Lunatic asylums Punjab 1881-1894 - 1881-1894
Year: 1881
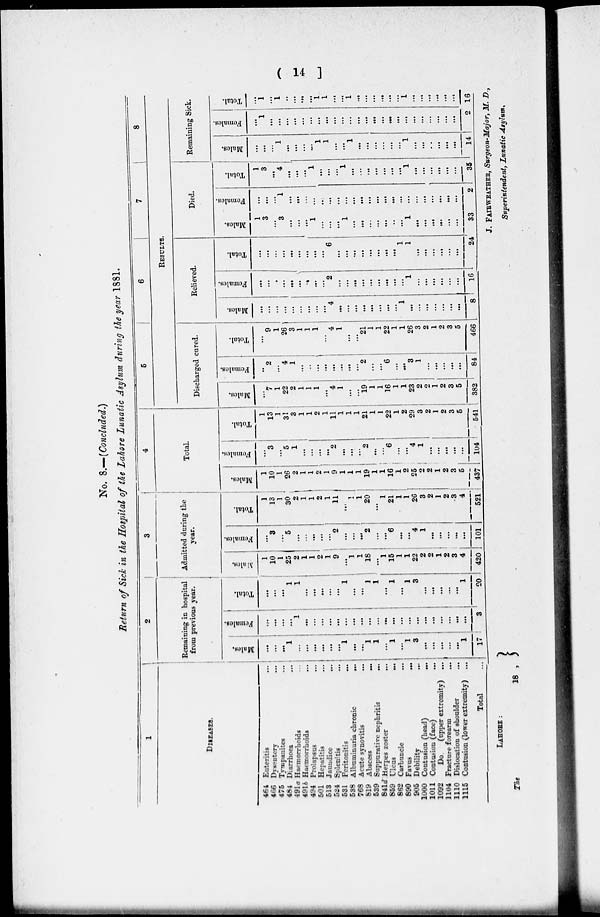
( 14 )
No. 8.—(Concluded.)
Return of Sick in the Hospital of the Lahore Lunatic Asylum during the year 1881.
1
DISEASES.
464
Enteritis...
466
Dysentery...
475
Tympanites...
484
Diarrhoea...
491a Haemorrhoids...
4916 Haemorrhoids...
494 Prolapsus...
501
Hepatitis...
513
Jaundice...
524 Splenitis ...
531 Peritonitis ...
538 Albuminuria chronic...
768 Acute synovitis ...
819 Abscess
...
539 Suppurative nephritis ...
841d Herpes zoster ...
859 Ulcus ...
862 Carbuncle ...
890 Favus ...
905 Debility ...
1000 Contusion (head) ...
1011 Contusion (face) ...
1092
Do
(upper extremity) ...
1104 Fracture forearm ...
1110 Dislocation of shoulder ...
1115 Contusion (lower extremity) ...
Total ...
2
Remaining in hospital
from previous
year.
Males.
...
...
...
1
...
...
...
...
...
...
1
...
...
1
1
...
1
...
1
3
...
...
...
...
...
1
17
Females.
...
...
...
1
...
...
...
...
...
...
...
...
...
...
...
...
...
...
...
...
...
3
Total.
...
...
...
1
1
...
.
...
...
1
1
1
1
...
1
3
...
...
...
...
...
1
20
3
Admitted during the
year.
Males.
1
10
1
25
2
1
1
2
1
9
...
1
1
18
...
1
15
1
1
22
2
2
1
2
3
4
420
Females.
...
3
...
5
2
...
...
...
2
...
...
6
...
...
4
l
...
...
...
...
...
101
Total.
1
13
1
30
2
1
1
2
1
11
...
1
1
20
...
1
21
1
1
26
3
2
1
2
3
4
521
4
Total.
Males.
1
10
1
26
2
1
1
2
1
9
1
1
1
19
1
1
16
1
2
25
2
2
1
2
3
5
437
Females.
...
3
...
5
1
...
...
...
...
2
...
...
...
2
1 ...
...
6
...
...
4
1
...
...
...
...
104
Total.
1
13
1
31
3
1
1
2
1
11
1
1
1
21
1
1
22
1
2
29
3
2
1
2
3
5
541
5
6
7
8
RESULTS.
Discharged cured.
Males.
...
7
1
22
2
1
1
1
...
4
1
...
...
19
1
1
16
1
1
23
2 2
1
2
3
5
382
Females.
...
2
...
4
1
...
...
...
...
...
...
2
6
...
...
3
1
...
...
...
...
...
84
Total.
...
9
1
26
3
1
1
1
4
1
...
...
21
1
1
22
1
1
26
3
2
1
2
3
5
466
Relieved.
Males.
...
...
...
...
...
...
...
...
...
4
...
...
...
...
...
...
...
...
1
...
...
...
...
...
...
...
8
Females.
...
...
...
...
...
...
...
...
...
2
...
...
...
...
...
...
...
...
...
1
...
...
...
...
...
...
16
Total.
...
...
...
...
...
...
...
...
...
6
...
...
...
...
...
...
...
...
1
1
...
...
...
...
...
...
24
Died.
Males.
1
3
...
3
...
...
...
1
...
...
...
1
...
...
...
...
...
...
...
1
...
...
...
...
...
...
33
Females.
...
...
...
1
...
...
...
...
...
...
...
...
...
...
...
...
...
...
...
...
...
...
...
...
...
...
2
Total.
1
3
...
4
...
...
...
1
...
...
...
1
...
...
...
...
...
...
...
1
...
...
...
...
...
...
35
Remaining Sick.
Males.
...
...
...
1
...
...
...
...
1
1
...
...
1
...
...
...
...
...
...
1
...
...
...
...
...
...
14
Females
...
1
...
...
...
...
...
...
...
...
...
...
...
...
...
...
...
...
...
...
...
...
...
...
...
2
Total.
...
1
...
1
...
...
...
...
1
1
...
...
1
...
...
...
...
...
...
1
...
...
...
...
...
...
16
LAHORE :
The
18
J. FAIRWEATHER, Surgeon-Major, M. D.,
Superintendent, Lunatic Asylum.